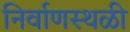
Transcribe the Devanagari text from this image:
निर्वाणस्थळी